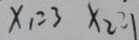
x _ { 1 } = 3 x _ { 2 } = 1